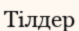
Тілдер